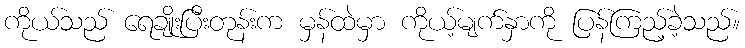
ကိုယ်သည် ရေချိုးပြီးတုန်းက မှန်ထဲမှာ ကိုယ့်မျက်နှာကို ပြန်ကြည့်ခဲ့သည်။